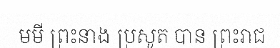
មមី ព្រះនាង ប្រសូត បាន ព្រះរាជ